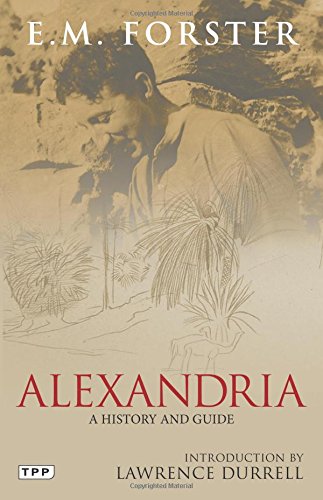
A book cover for Alexandria: A History and Guide; E. M. Forster; History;